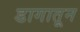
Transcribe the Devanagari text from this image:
डागातून